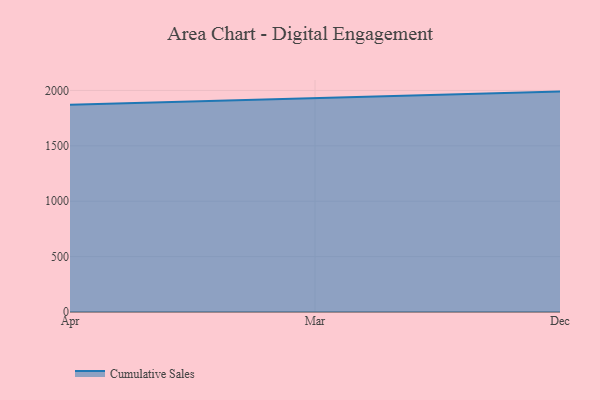
{"axis": {"x": "Month", "y": "Demand Index"}, "legend": ["Cumulative Sales"], "data": [{"x": "Apr", "y": 1870.7, "type": "Cumulative Sales"}, {"x": "Mar", "y": 1927.7, "type": "Cumulative Sales"}, {"x": "Dec", "y": 1989.4, "type": "Cumulative Sales"}]}